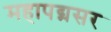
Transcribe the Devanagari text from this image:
महापद्मसर